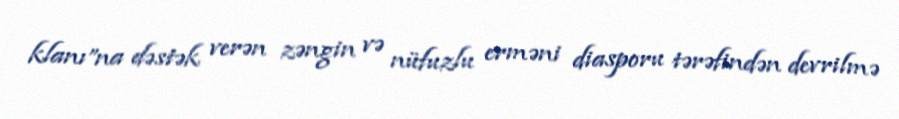
klanı”na dəstək verən zəngin və nüfuzlu erməni diasporu tərəfindən devrilmə